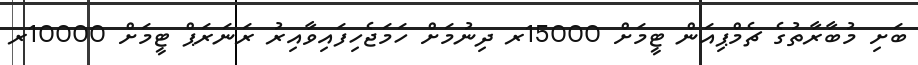
ބަށި މުބާރާތުގެ ޗެމްޕިއަން ޓީމަށް 15000ރ ދިނުމަށް ހަމަޖެހިފައިވާއިރު ރަނަރަޕް ޓީމަށް 10000ރ